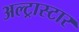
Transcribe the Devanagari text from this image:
अल्ट्रास्टार